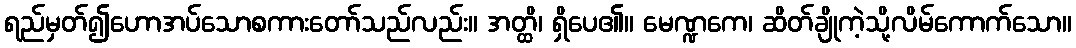
ရည်မှတ်၍ဟောအပ်သောစကားတော်သည်လည်း။ အတ္ထိ၊ ရှိပေ၏။ မေဏ္ဍကေ၊ ဆိတ်ချိုကဲ့သို့လိမ်ကောက်သော။